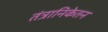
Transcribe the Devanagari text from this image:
तंत्रानिकेतन